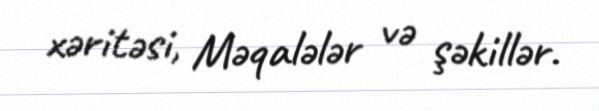
xəritəsi, Məqalələr və şəkillər.